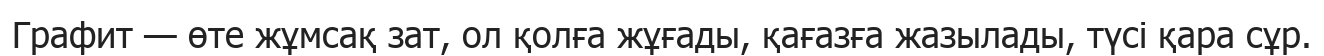
Графит — өте жұмсақ зат, ол қолға жұғады, қағазға жазылады, түсі қара сұр.